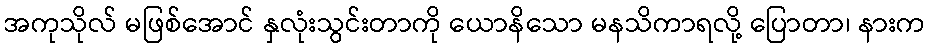
အကုသိုလ် မဖြစ်အောင် နှလုံးသွင်းတာကို ယောနိသော မနသိကာရလို့ ပြောတာ၊ နားက